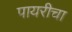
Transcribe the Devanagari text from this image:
पायरीचा